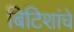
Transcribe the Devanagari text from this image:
बिटिशांचे